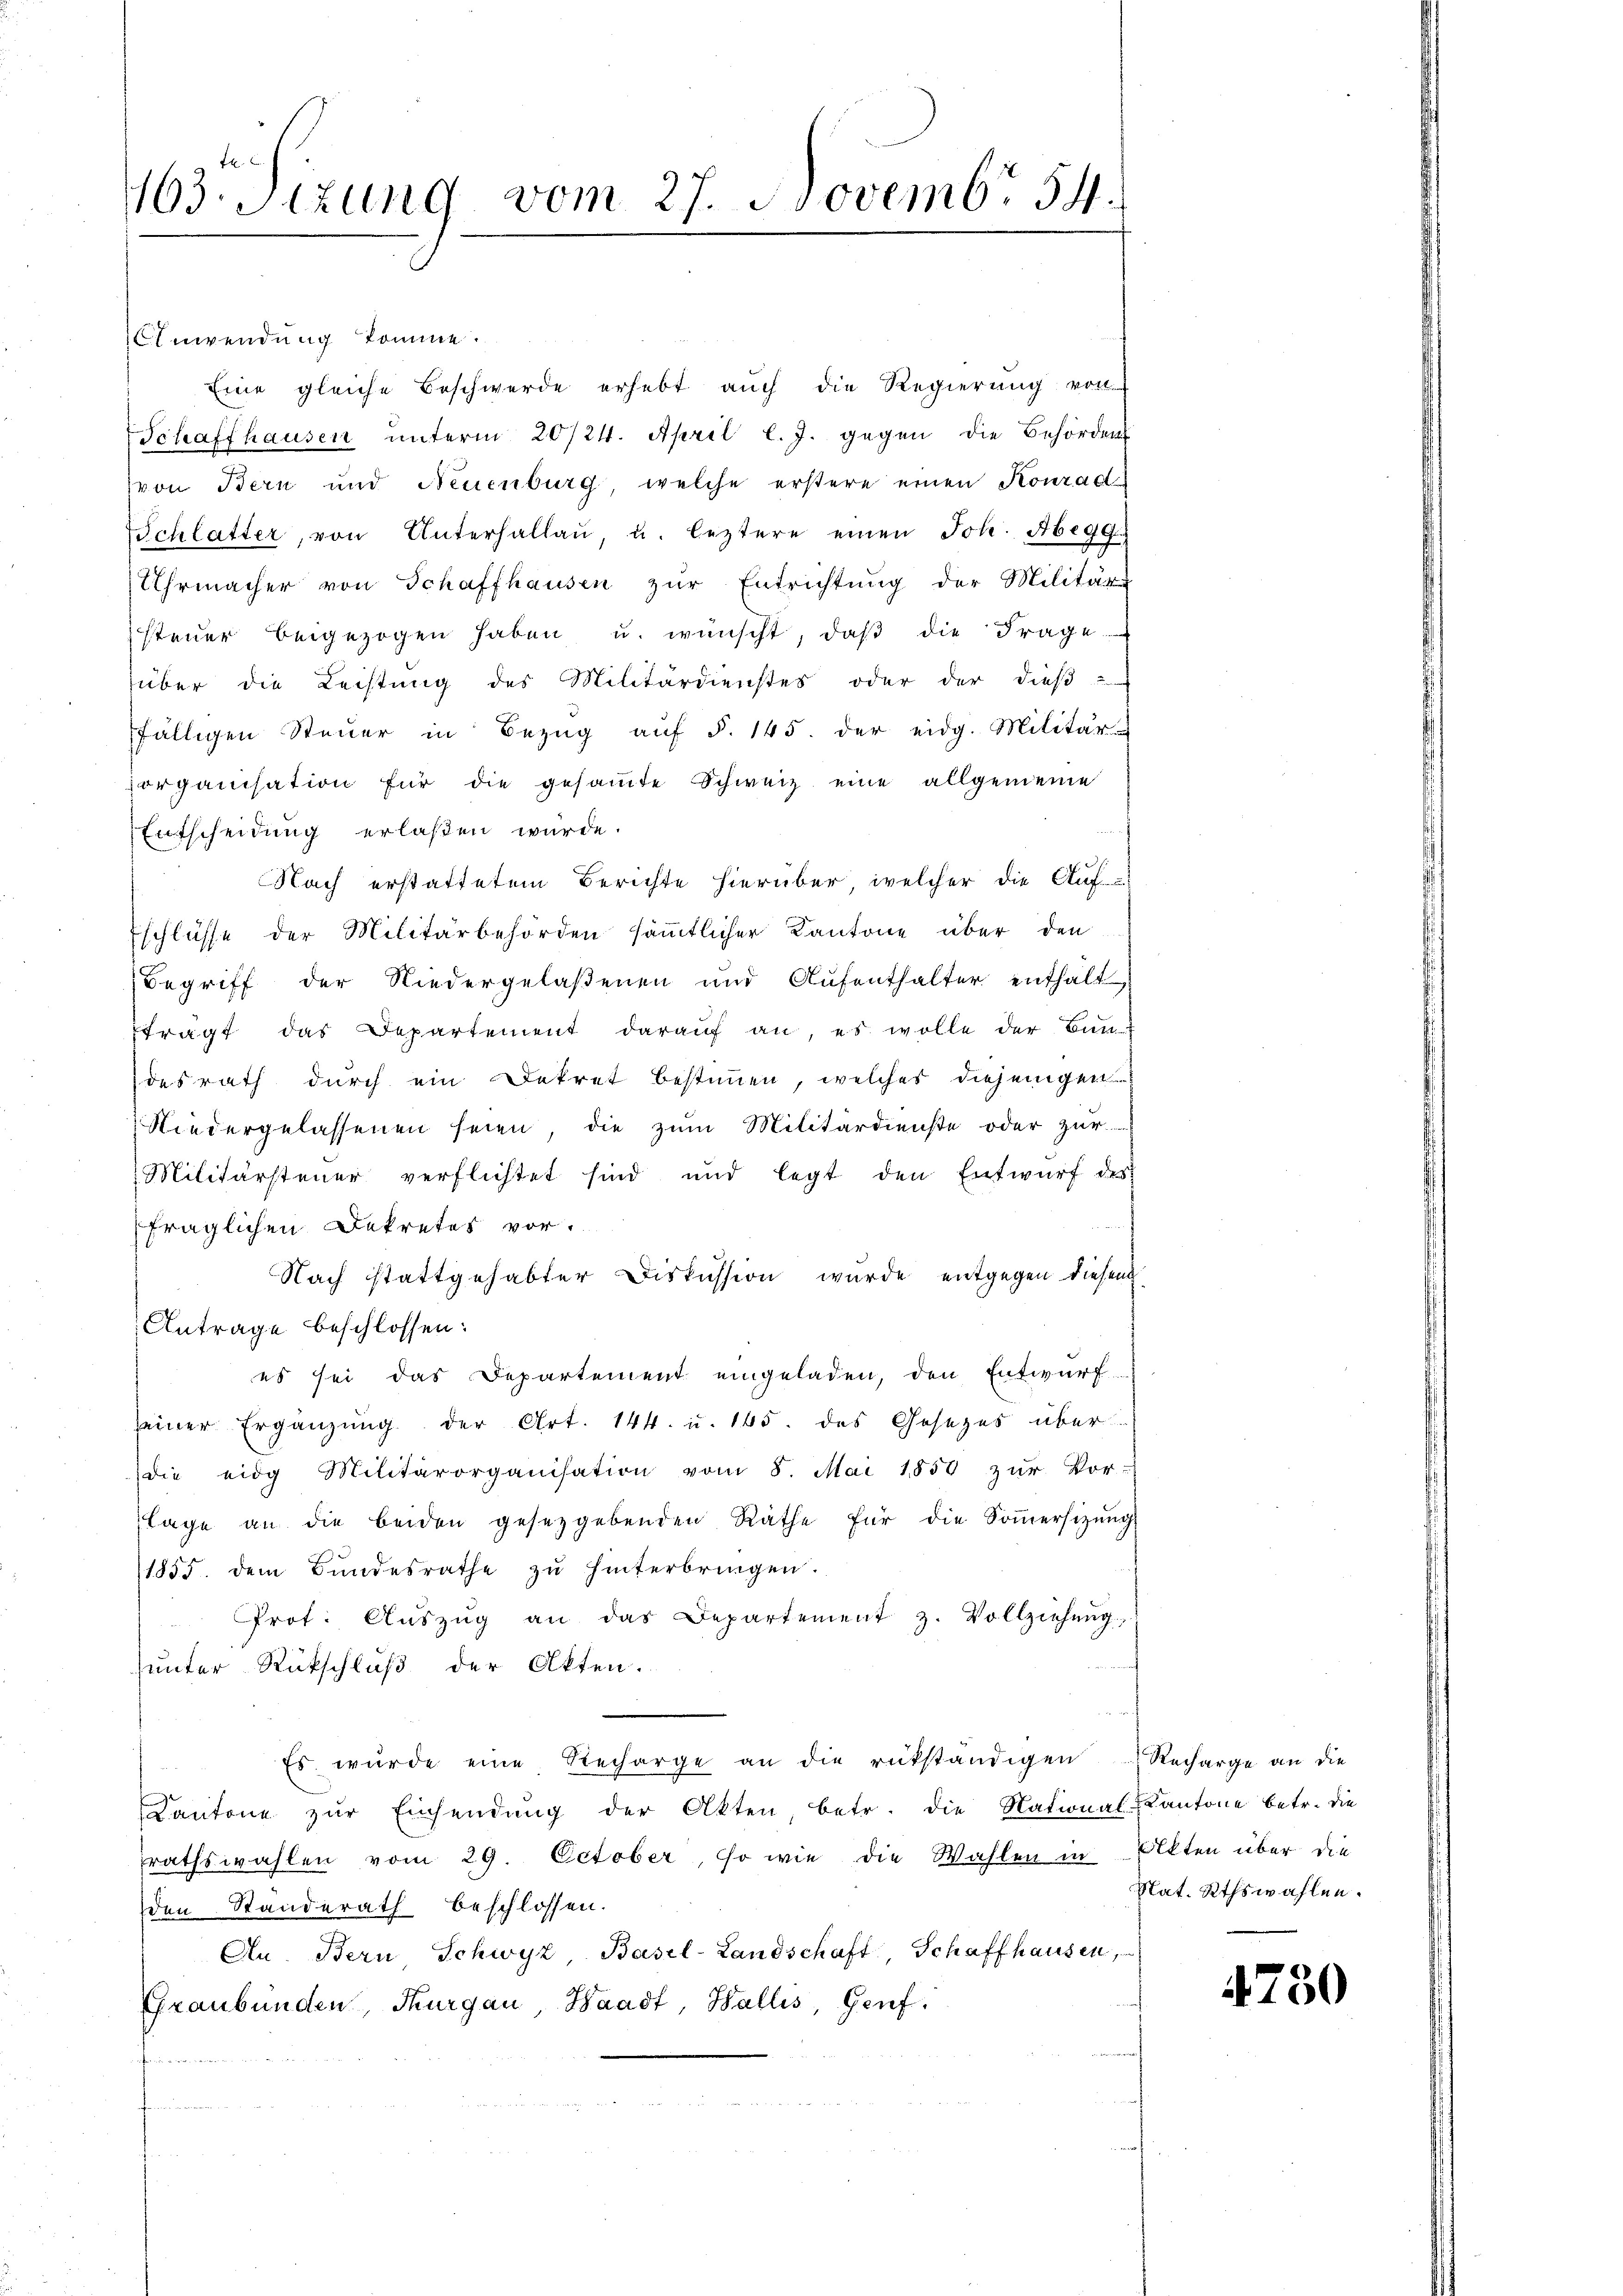
403. Sitzung vom 27. Novemb. 54.

Anwendung komme.
Eine gleiche Beschwerde erhebt auch die Regierŭng von
Schaffhausen unterm 20/24. April l. J. gegen die Behörden
von Bern und Neuenburg, welche erstere einen Konrad
Schlatter, von Unterhallaŭ u. leztere einen Joh. Abegg
Uhrmacher von Schaffhausen zŭr Entrichtung der Militär-
steŭer beigezogen haben u. wünscht, daβ die Frage
über die Leistung des Militärdienstes oder der dieß
fälligen Steŭer in Bezŭg aŭf §. 145. der eidg. Militär-
organisation für die gesaṁte Schweiz eine allgemeine
Entscheidung erlaßen würde.
Nach erstattetem Berichte hierüber, welcher die Auf-
schlüsse der Militärbehörden säṁtlicher Kantone über den
Begriff der Niedergelaßenen und Aufenthalter enthält
ftragt das Departement darauf an, es wolle der Bun-
desrath durch ein Dekret bestimmen, welches diejenigen
Niedergelassenen seien, die zum Militärdienste oder zur
Militärsteuer verflichtet sind und legt den Entwurf des
anf
fraglichen Dekretes vor.
Nach stattgehabter Diskussion wurde entgegen diesen
Antrage beschlossen:
es sei das Departement eingeladen, den Entwurf
seiner Ergänzung der Art. 144. u. 165. des Gesezes über
die eidg Militärorganisation vom 8. Mai 1858 zŭr Vor-
lage an die beiden gesetzgebenden Räthe für die Soṁersitzŭng
1855. dem Bundesrathe zu hinterbringen.
Prot. Aŭszŭg an das Departement z. Vollziehŭng,
unter Rückschluß der Akten.
Es würde eine Recharge an die rükständigen Recharge an die
Cantone zŭr Einsendŭng der Akten, betr. die National-Kantone betr. die
rathswahlen vom 29. October, so wie die Wahlen in Ölkten über die
den Standerath beschlossen.
An. Bern Schwyz Basel-Landschaft, Schaffhausen,
Graubünden, Thurgau, Waadt, Wallis, Genf,
f

Nat. Rthswahlen.

4750